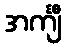
အင်္ကျီ